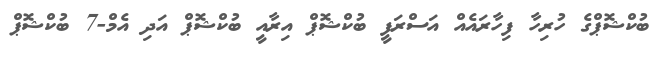
ބުކްޝޮޕްގެ ހުރިހާ ފިހާރައެއް އަސްރަފީ ބުކްޝޮޕް އިރާއީ ބުކްޝޮޕް އަދި އެމް-7 ބުކްޝޮޕް